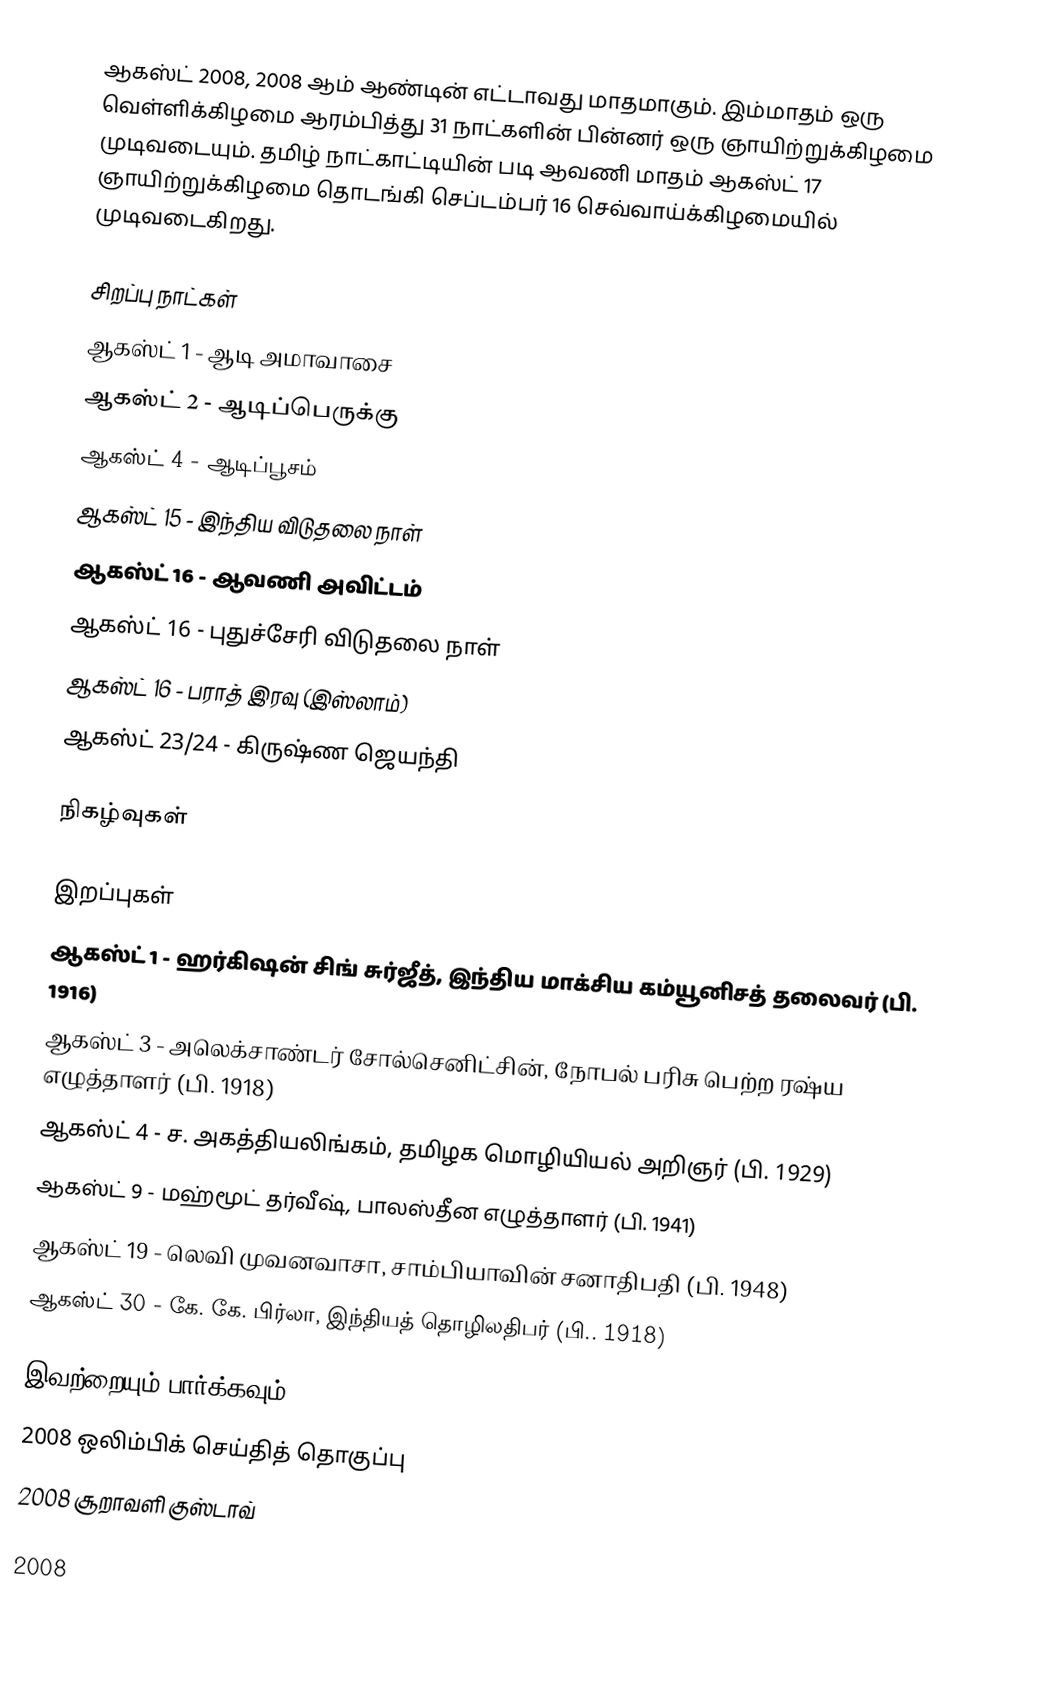
ஆகஸ்ட் 2008, 2008 ஆம் ஆண்டின் எட்டாவது மாதமாகும். இம்மாதம் ஒரு வெள்ளிக்கிழமை ஆரம்பித்து 31 நாட்களின் பின்னர் ஒரு ஞாயிற்றுக்கிழமை முடிவடையும். தமிழ் நாட்காட்டியின் படி ஆவணி மாதம் ஆகஸ்ட் 17 ஞாயிற்றுக்கிழமை தொடங்கி செப்டம்பர் 16 செவ்வாய்க்கிழமையில் முடிவடைகிறது.

சிறப்பு நாட்கள்
 ஆகஸ்ட் 1 - ஆடி அமாவாசை
 ஆகஸ்ட் 2 - ஆடிப்பெருக்கு
 ஆகஸ்ட் 4 - ஆடிப்பூசம்
 ஆகஸ்ட் 15 - இந்திய விடுதலை நாள்
 ஆகஸ்ட் 16 - ஆவணி அவிட்டம்
 ஆகஸ்ட் 16 - புதுச்சேரி விடுதலை நாள்
 ஆகஸ்ட் 16 - பராத் இரவு (இஸ்லாம்)
 ஆகஸ்ட் 23/24 - கிருஷ்ண ஜெயந்தி

நிகழ்வுகள்

இறப்புகள்
 ஆகஸ்ட் 1 - ஹர்‌கிஷன் சிங் சுர்‌ஜீத், இந்திய மாக்சிய கம்யூனிசத் தலைவர் (பி. 1916)
 ஆகஸ்ட் 3 - அலெக்சாண்டர் சோல்செனிட்சின், நோபல் பரிசு பெற்ற ரஷ்ய எழுத்தாளர் (பி. 1918)
 ஆகஸ்ட் 4 - ச. அகத்தியலிங்கம், தமிழக மொழியியல் அறிஞர் (பி. 1929)
 ஆகஸ்ட் 9 - மஹ்மூட் தர்வீஷ், பாலஸ்தீன எழுத்தாளர் (பி. 1941)
 ஆகஸ்ட் 19 - லெவி முவனவாசா, சாம்பியாவின் சனாதிபதி (பி. 1948)
 ஆகஸ்ட் 30 - கே. கே. பிர்லா, இந்தியத் தொழிலதிபர் (பி.. 1918)

இவற்றையும் பார்க்கவும்
 2008 ஒலிம்பிக் செய்தித் தொகுப்பு
 2008 சூறாவளி குஸ்டாவ்

2008